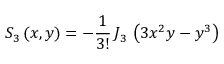
S _ { 3 } \left( x , y \right) = - \frac { 1 } { 3 ! } \, J _ { 3 } \, \left( 3 x ^ { 2 } y - y ^ { 3 } \right)